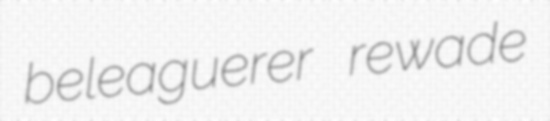
beleaguerer rewade